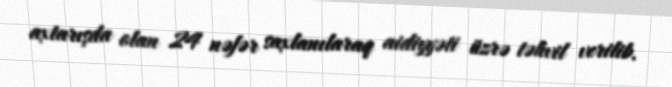
axtarışda olan 24 nəfər saxlanılaraq aidiyyəti üzrə təhvil verilib.